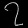
Digit: ၇